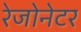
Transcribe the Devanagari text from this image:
रेजोनेटर